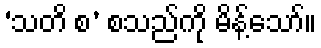
‘သတိ စ’ စသည်ကို မိန့်သော်။